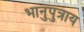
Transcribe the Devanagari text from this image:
भानुपुत्राय